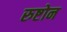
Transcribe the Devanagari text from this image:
रुष्टोन